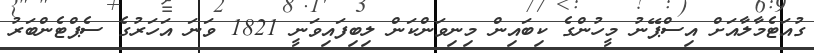
ގުއަޓެމާލާއަށް އިސްޕޭނު މީހުންގެ ކިބައިން މިނިވަންކަން ލިބިފައިވަނީ 1821 ވަނަ އަހަރުގެ ސެޕްޓެންބަރު